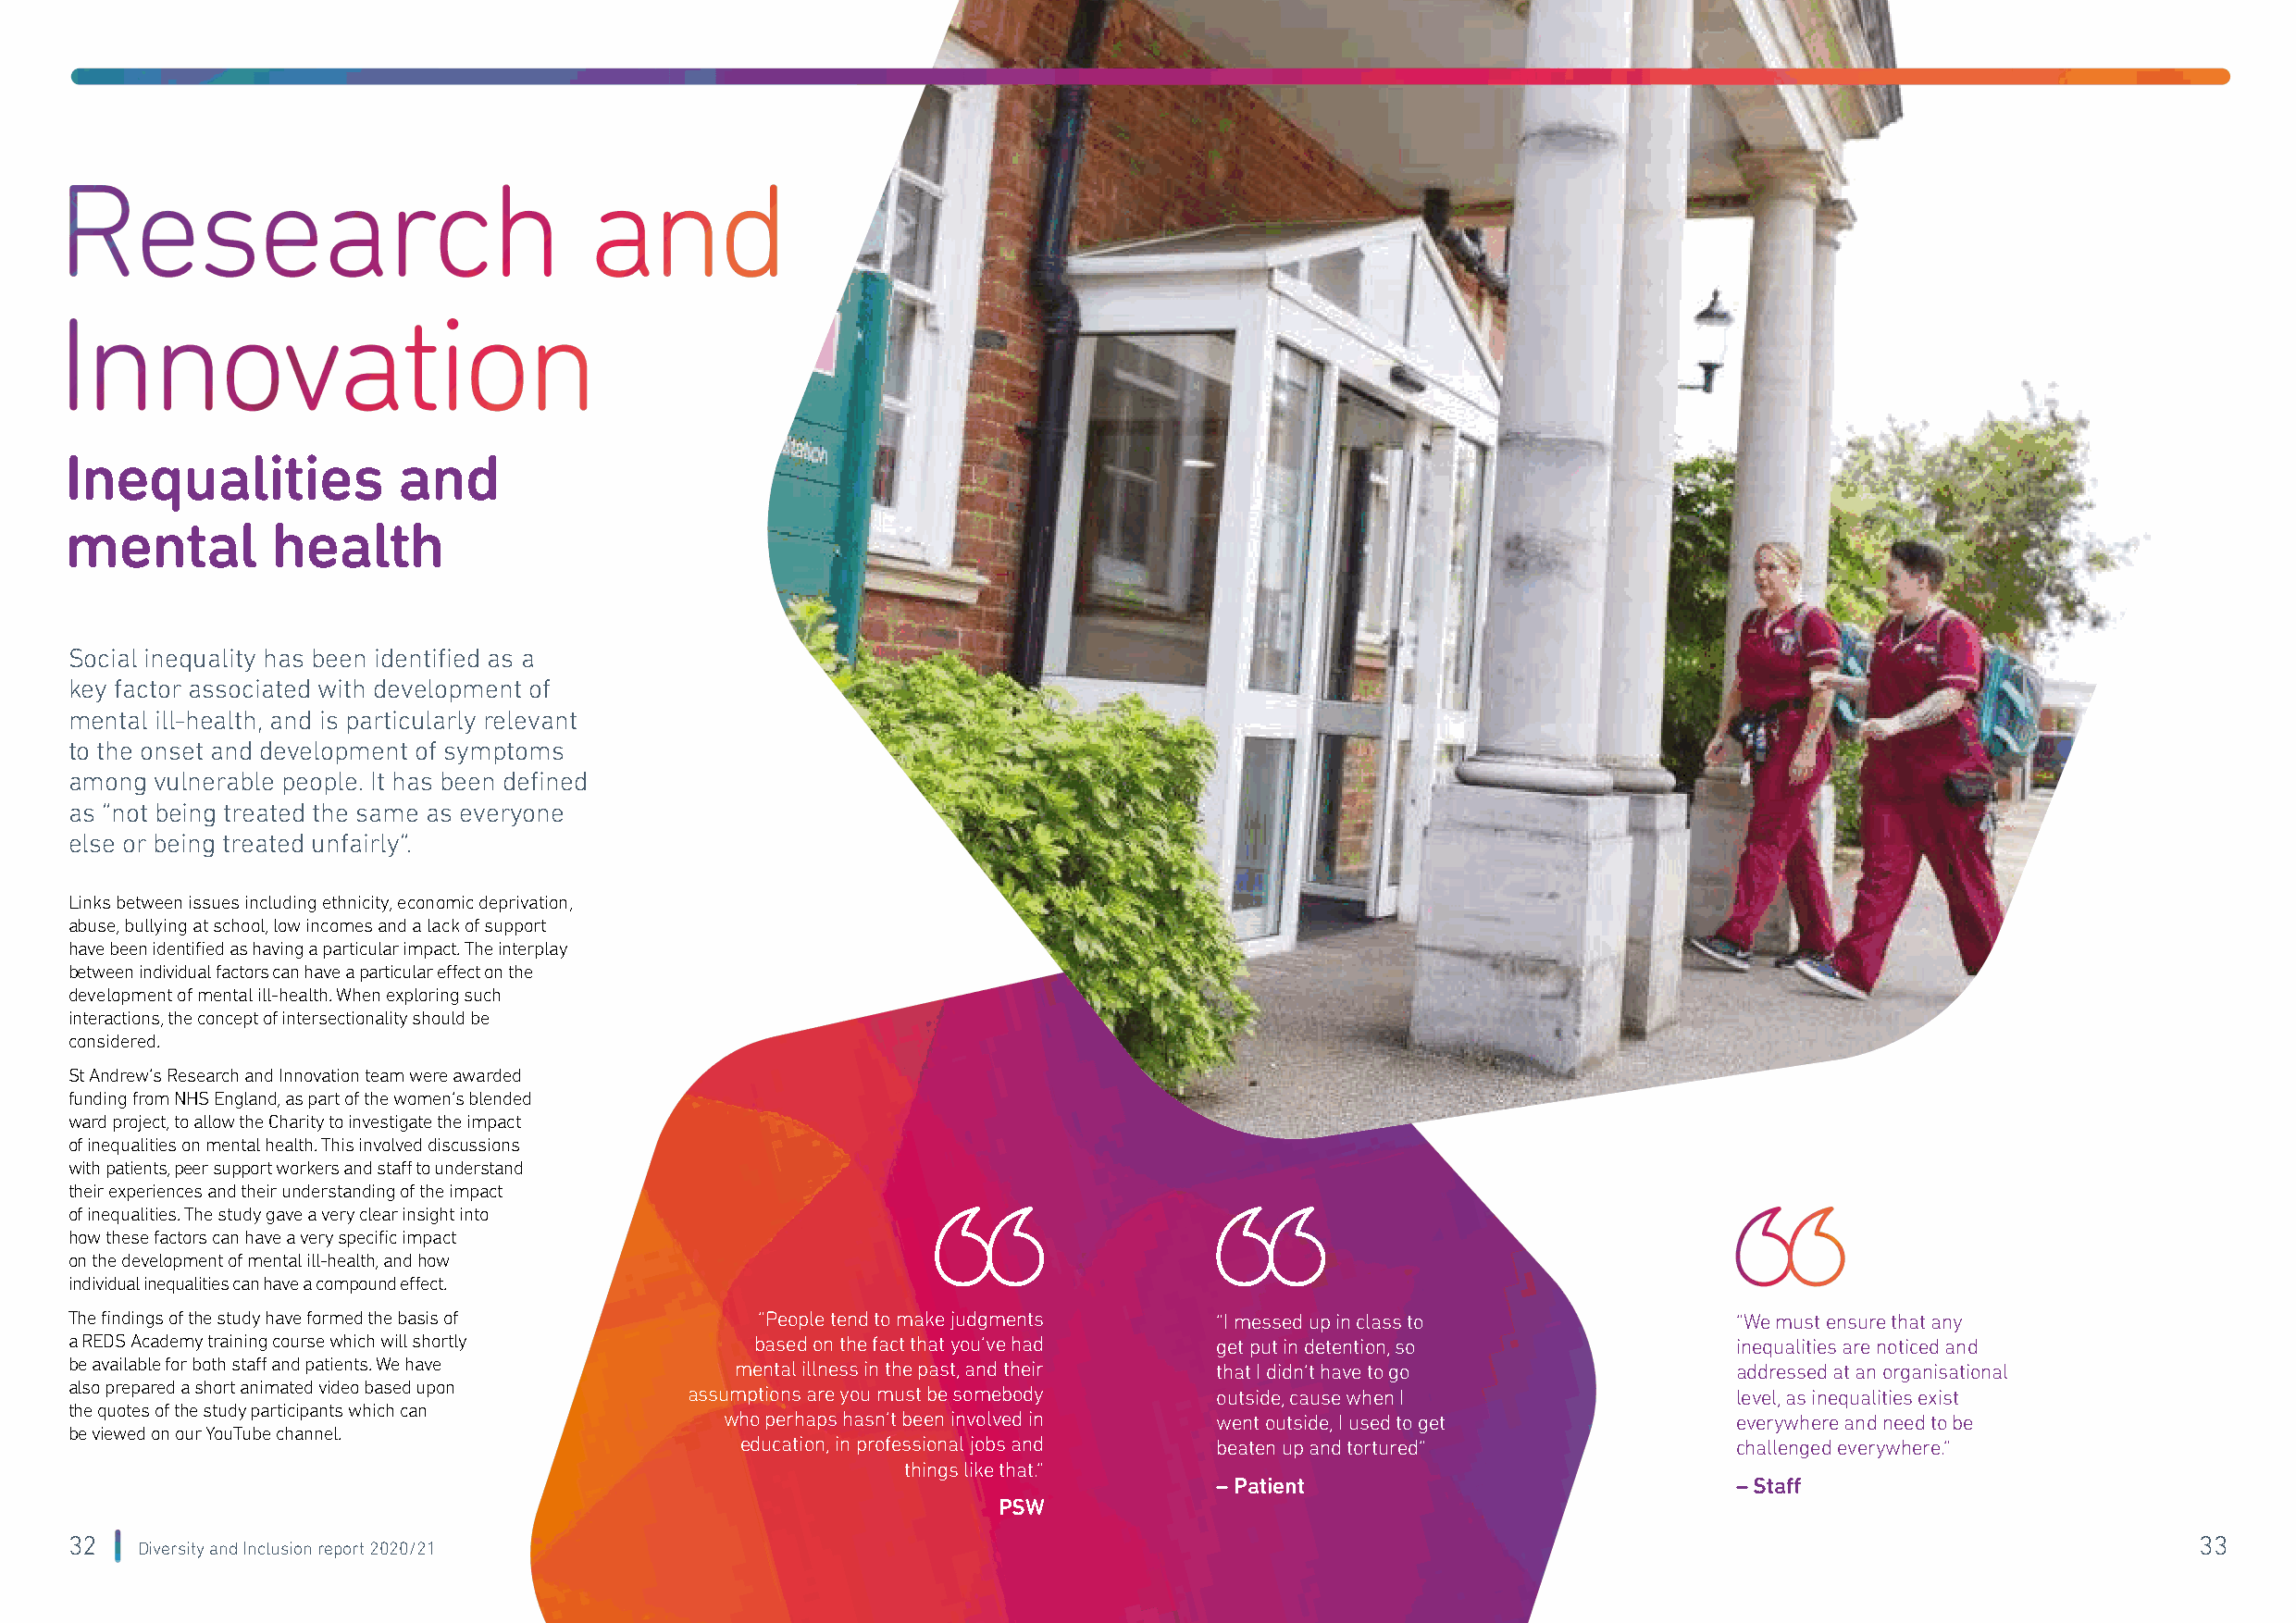
Inequalities           and
 mental        health
 Social inequality has been identified as a
 key factor associated with development of
 mental ill-health, and is particularly relevant
 to the onset and development of symptoms
 among vulnerable people. It has been defined
 as “not being treated the same as everyone
 else or being treated unfairly”.
 Links between issues including ethnicity, economic deprivation,
 abuse, bullying at school, low incomes and a lack of support
 have been identified as having a particular impact. The interplay
 between individual factors can have a particular effect on the
 development of mental ill-health. When exploring such
 interactions, the concept of intersectionality should be
 considered.
 St Andrew’s Research and Innovation team were awarded
 funding from NHS England, as part of the women’s blended
 ward project, to allow the Charity to investigate the impact
 of inequalities on mental health. This involved discussions
 with patients, peer support workers and staff to understand
 their experiences and their understanding of the impact
 of inequalities. The study gave a very clear insight into
 how these factors can have a very specific impact
 on the development of mental ill-health, and how
 individual inequalities can have a compound effect.
 The findings of the study have formed the basis of “People tend to make judgments “I messed up in class to             “We must ensure that any
 a REDS Academy training course which will shortly based on the fact that you’ve had get put in detention, so           inequalities are noticed and
 be available for both staff and patients. We have mental illness in the past, and their that I didn’t have to go       addressed at an organisational
 also prepared a short animated video based upon
 assumptions are you must be somebody  outside, cause when I                level, as inequalities exist
 the quotes of the study participants which can
 who perhaps hasn’t been involved in went outside, I used to get         everywhere and need to be
 be viewed on our YouTube channel.
 education, in professional jobs and beaten up and tortured”            challenged everywhere.”
 things like that.”
 – Patient                            – Staff
 PSW
 32                                                                                                                                                      33
 Diversity and Inclusion report 2020/21